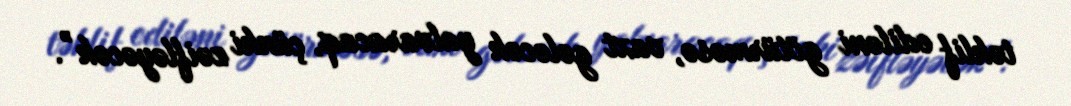
təklif ediləni götürməsə, vaxt gələcək yalvaracaq, çünki zəifləyəcək”.